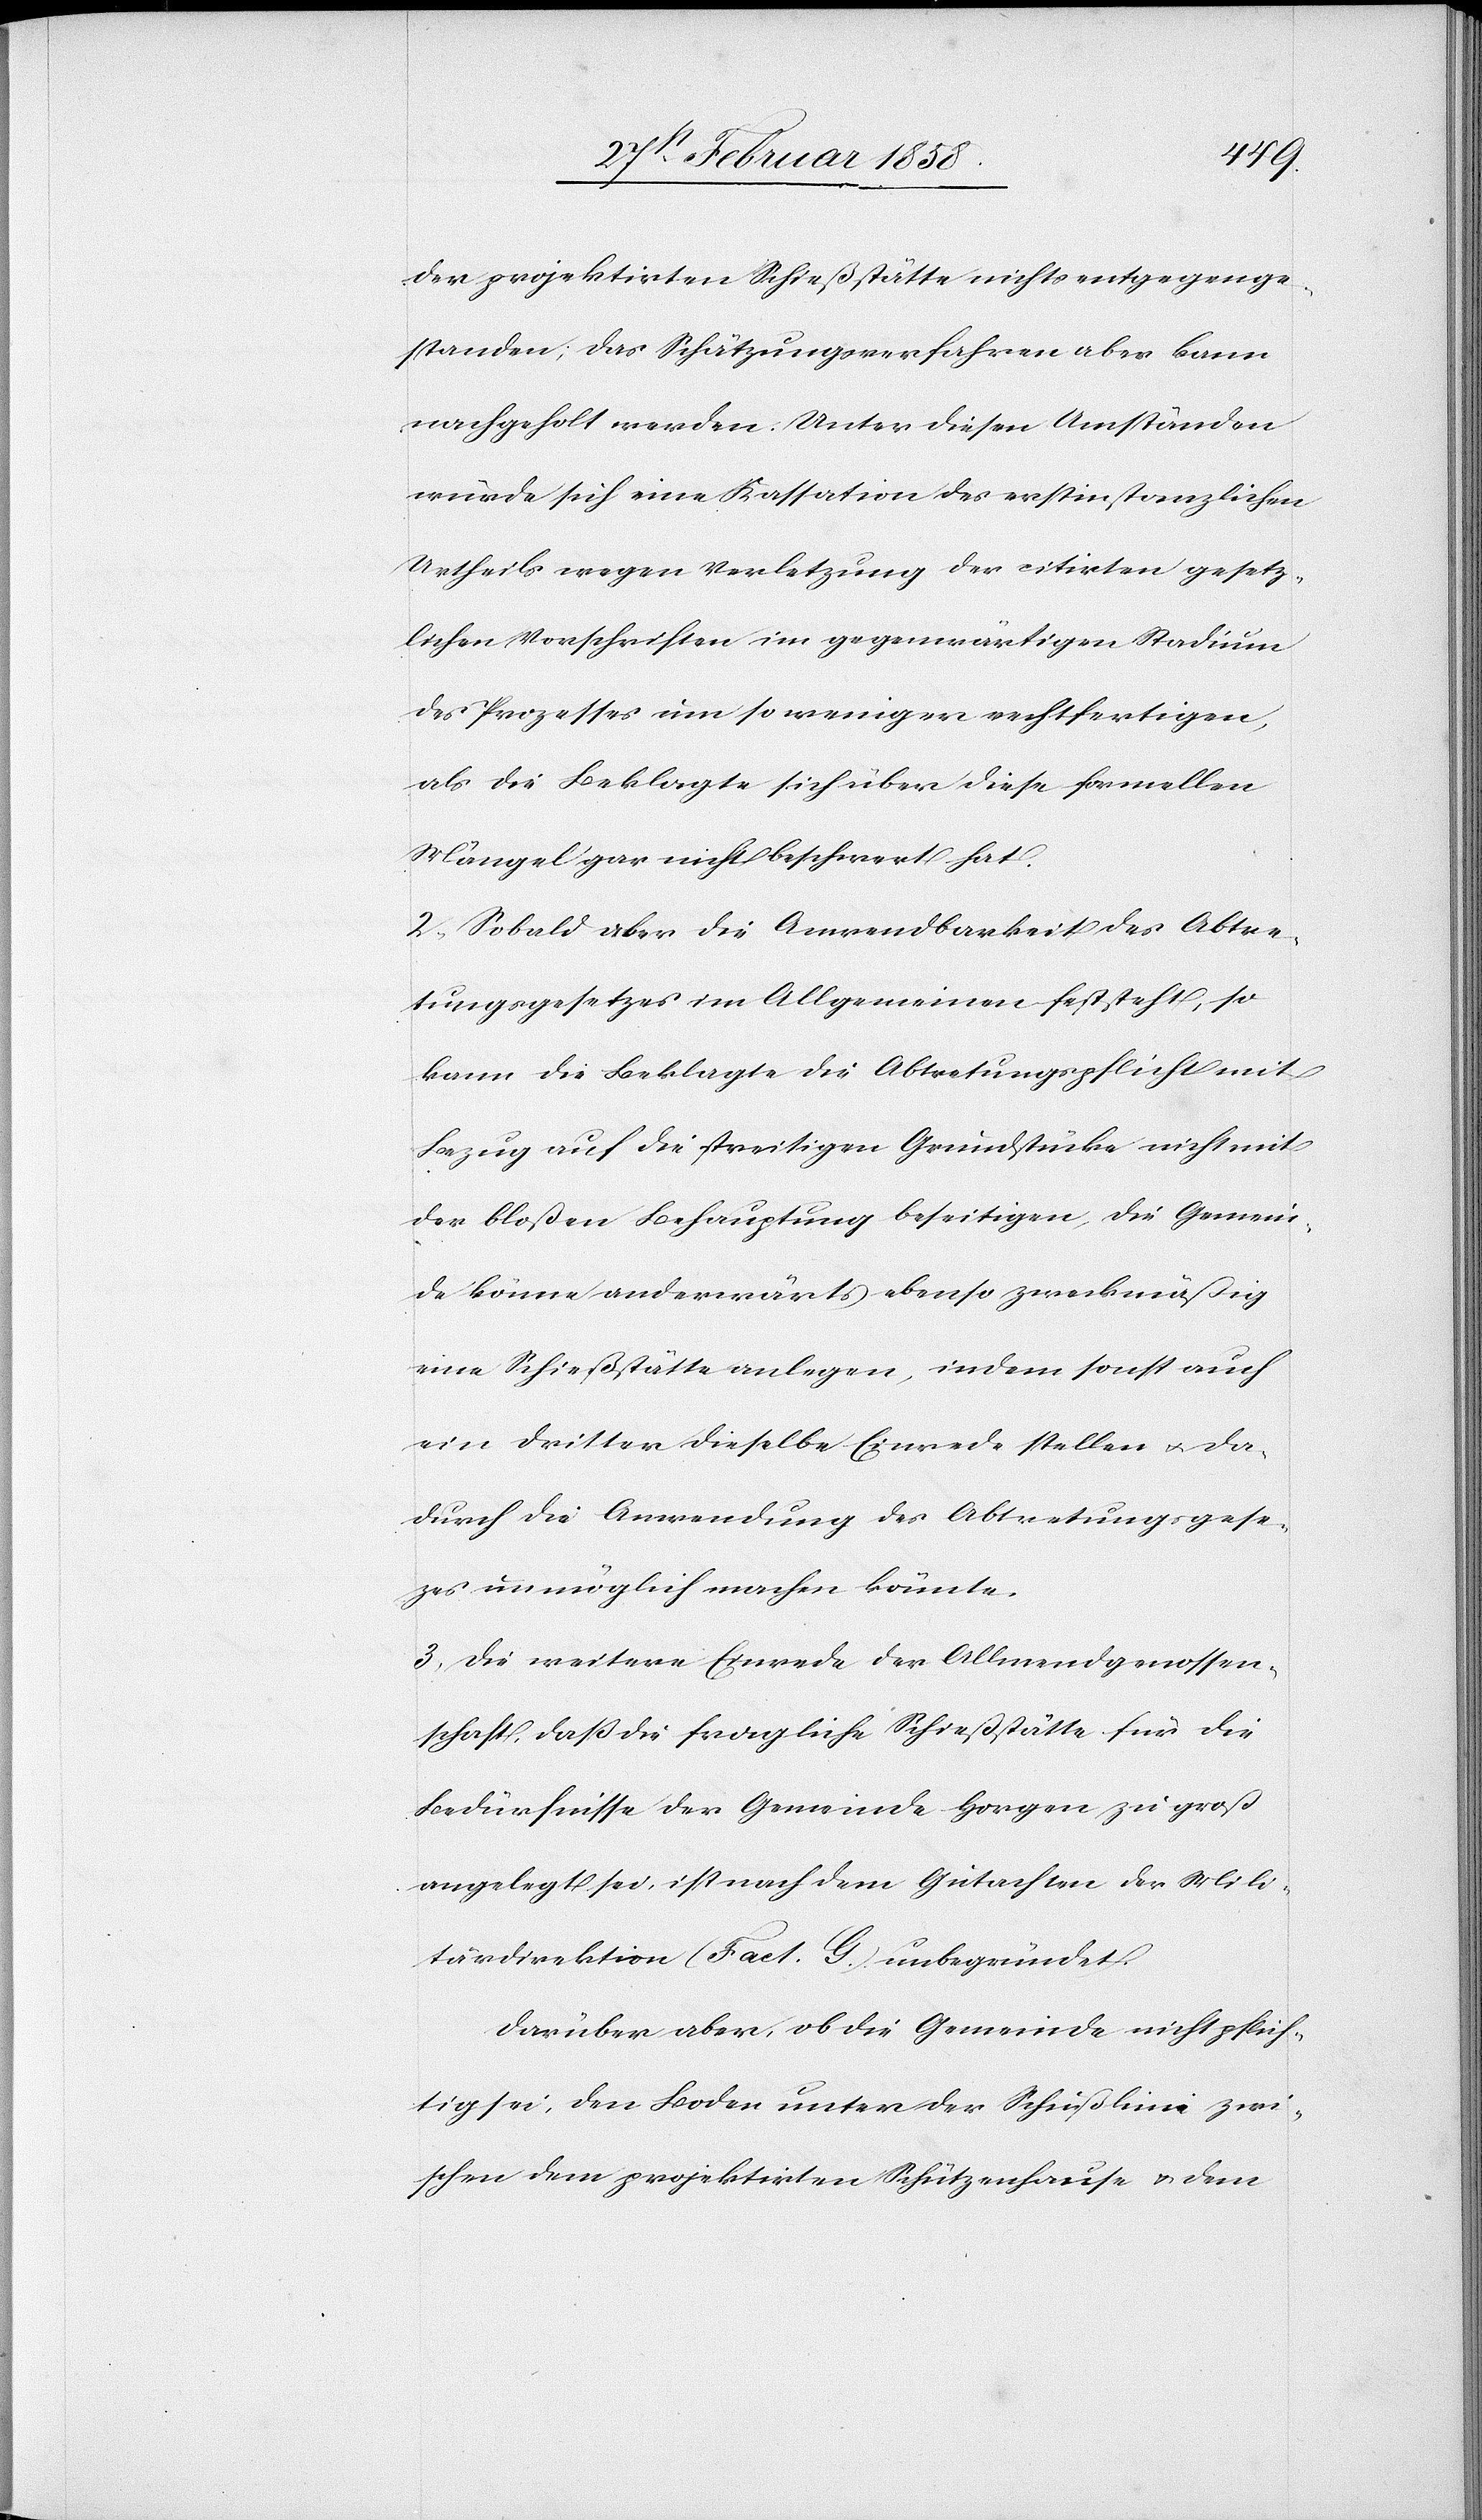
der projektirten Schießstätte nichts entgegenge¬
standen; das Schätzungsverfahren aber kann
nachgeholt werden. Unter diesen Umständen
würde sich eine Kassation des erstinstanzlichen
Urtheils wegen Verletzung der citirten gesetz¬
lichen Vorschriften im gegenwärtigen Stadium
des Prozesses um so weniger rechtfertigen,
als die Beklagte sich über diese formellen
Mängel gar nicht beschwert hat.
2. Sobald aber die Anwendbarkeit des Abtre¬
tungsgesetzes im Allgemeinen feststeht, so
kann die Beklagte die Abtretungspflicht mit
Bezug auf die streitigen Grundstücke nicht mit
der blosen Behauptung beseitigen, die Gemein¬
de könne anderwärts ebenso zweckmäßig
eine Schießstätte anlegen, indem sonst auch
ein dritter dieselbe Einrede stellen u. da¬
durch die Anwendung des Abtretungsgese¬
tzes unmöglich machen könnte.
3. Die weitere Einrede der Allmendgenossen¬
schaft, daß die fragliche Schießstätte für die
Bedürfnisse der Gemeinde Horgen zu groß
angelegt sei, ist nach dem Gutachten der Mili¬
tärdirektion (Fact. G) unbegründet.
Darüber aber, ob die Gemeinde nicht pflich¬
tig sei, den Boden unter der Schußlinie zwi¬
schen dem projektirten Schützenhause u. dem